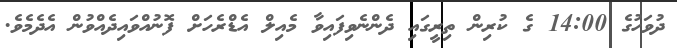
ދުވަހުގެ 14:00 ގެ ކުރިން ތިރީގައި ދެންނެވިފައިވާ މެއިލް އެޑްރެހަށް ފޮނުއްވައިދެއްވުން އެދެމެވެ.